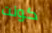
كونت